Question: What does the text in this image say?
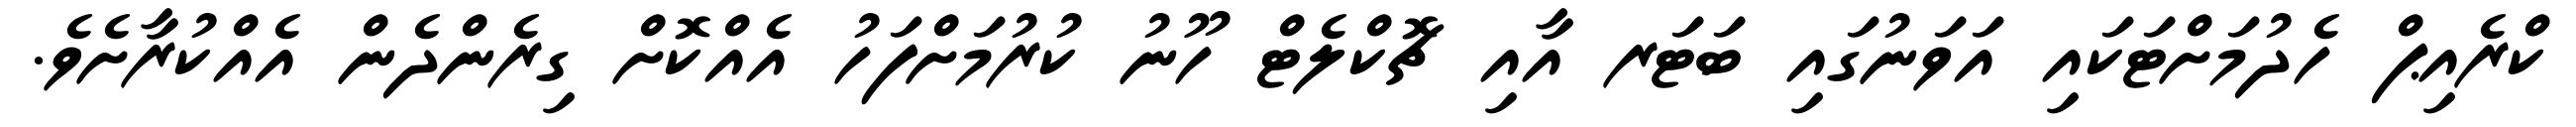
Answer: ކްރެއިޕް ހެދުމަށްޓަކައި އަވަނުގައި ބަޓަރ އާއި ޗޮކްލެޓް ހޫނު ކުރުމަށްފަހު އެއްކޮށް ގިރެންދެން އެއްކުރާށެވެ.